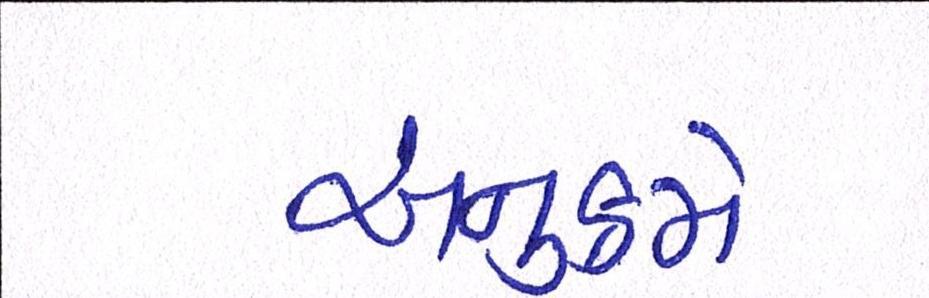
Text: અનુક્રમે